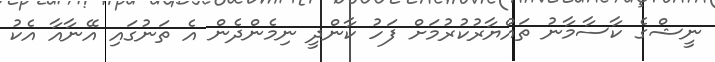
ނީޝްގެ ކާސާމާނު ތައްޔާރުކުރުމަށް ފަހު ކާންދީ ނިމެންދެން އެ ތަނުގައި އޭނާއާ އެކު